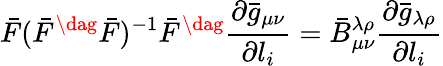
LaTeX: \bar{F}(\bar{F}^{\dag}\bar{F})^{-1}\bar{F}^{\dag}\frac{\partial\bar{g}_{\mu\nu}}{\partial l_{i}}=\bar{B}_{\mu\nu}^{\lambda\rho}\frac{\partial\bar{g}_{\lambda\rho}}{\partial l_{i}}